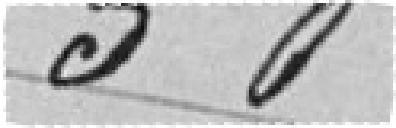
50